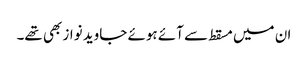
ان میں مسقط سے آئے ہوئے جاوید نواز بھی تھے۔